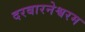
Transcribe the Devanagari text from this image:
दरबारनेश्वरम